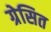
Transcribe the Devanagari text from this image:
ग्रेसित